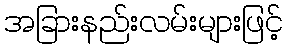
အခြားနည်းလမ်းများဖြင့်